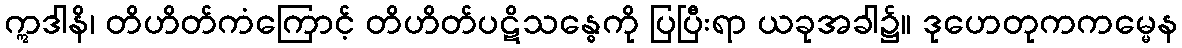
ဣဒါနိ၊ တိဟိတ်ကံကြောင့် တိဟိတ်ပဋိသန္ဓေကို ပြပြီးရာ ယခုအခါ၌။ ဒုဟေတုကကမ္မေန